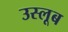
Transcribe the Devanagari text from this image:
उस्लूब